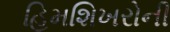
હિમશિખરોની